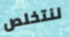
لنتخلص